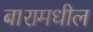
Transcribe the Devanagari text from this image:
बारामधील